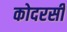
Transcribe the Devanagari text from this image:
कोदरसी